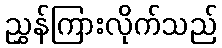
ညွှန်ကြားလိုက်သည်